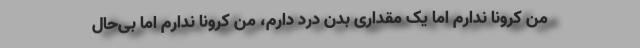
من کرونا ندارم اما یک مقداری بدن درد دارم، من کرونا ندارم اما بی‌حال